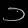
Digit: ၁